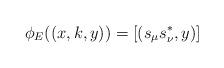
LaTeX: \begin{align*}\phi_E ( ( x, k, y ) ) = [ ( s_\mu s_\nu^* , y ) ]\end{align*}